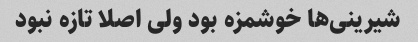
شیرینی‌ها خوشمزه بود ولی اصلا تازه نبود